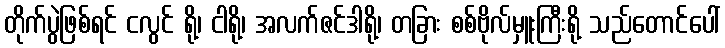
တိုက်ပွဲဖြစ်ရင် ငလွင် ရို့၊ ငါရို့၊ အလက်ဇင်ဒါရို့၊ တခြား စစ်ဗိုလ်မှူးကြီးရို့ သည်တောင်ပေါ်